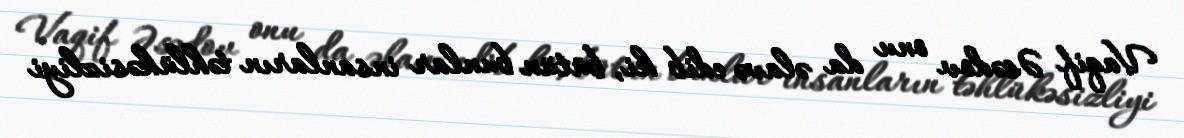
Vaqif Əsədov onu da əlavə edib ki, bütün bunlar insanların təhlükəsizliyi